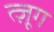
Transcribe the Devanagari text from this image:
त्ज़ूग